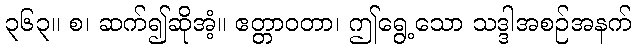
၃၆၃။ စ၊ ဆက်၍ဆိုအံ့။ ဧတ္တာဝတာ၊ ဤရွေ့သော သဒ္ဒါအစဉ်အနက်